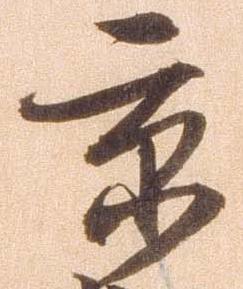
京